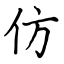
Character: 仿